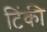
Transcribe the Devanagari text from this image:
टिंकी